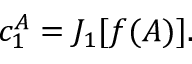
c _ { 1 } ^ { A } = J _ { 1 } [ f ( A ) ] .